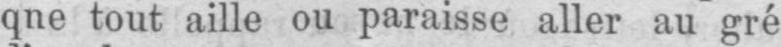
que tout aille ou paraisse aller au gré